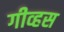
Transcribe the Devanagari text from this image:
गीव्हस